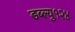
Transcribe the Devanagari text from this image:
डब्ल्यु१२४